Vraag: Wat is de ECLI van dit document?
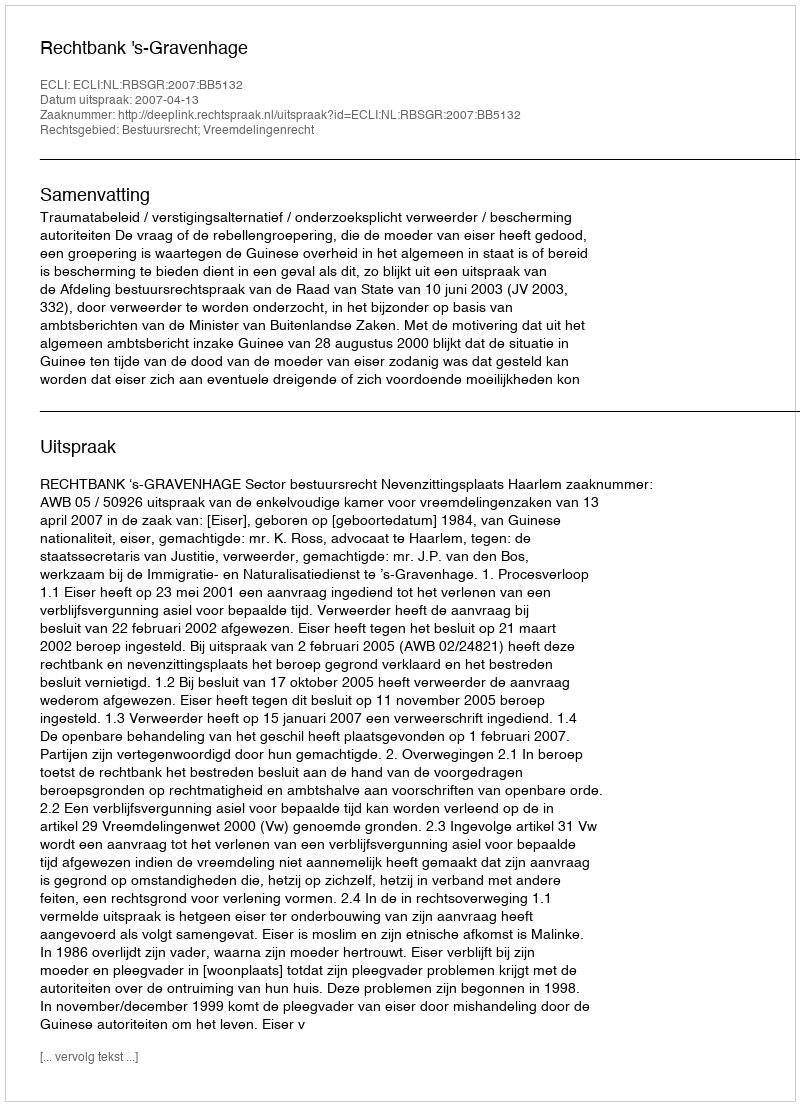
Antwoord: ECLI:NL:RBSGR:2007:BB5132